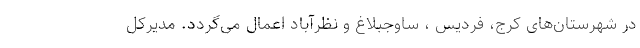
در شهرستان‌های کرج، فردیس ، ساوجبلاغ و نظرآباد اعمال می‌گردد. مدیرکل